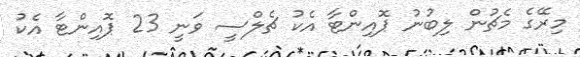
މިރޭގެ މެޗުން ލިބުނު ޕޮއިންޓާ އެކު ޗެލްސީ ވަނީ 23 ޕޮއިންޓާ އެކު